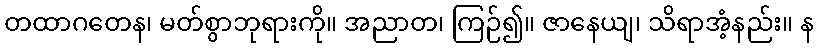
တထာဂတေန၊ မတ်စွာဘုရားကို။ အညာတ၊ ကြဉ်၍။ ဇာနေယျ၊ သိရာအံ့နည်း။ န